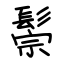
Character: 鬃